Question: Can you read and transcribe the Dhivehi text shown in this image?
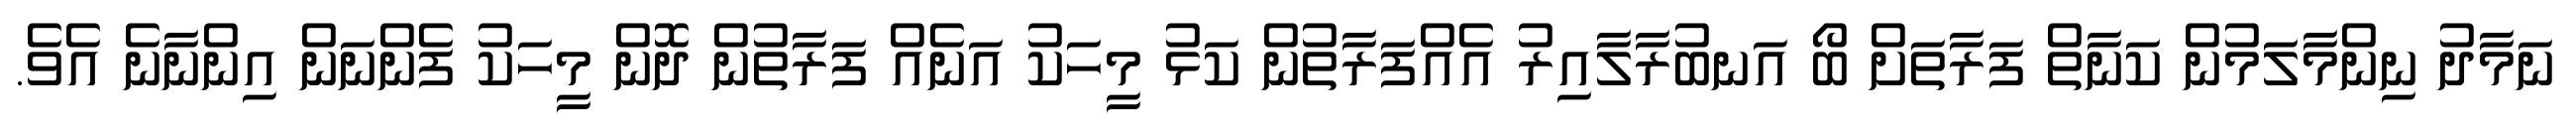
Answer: ނަމާދު ނިންމާލަމުން ކަނާތް ފަރާތަށް ބޯ އަނބުރާލާއިރު އެއްފަރާތުން ކަޅު މީހަކު އަނެއް ފަރާތުން ދޮން މީހަކު ފެންނަން އިންނާނެ އެވެ.